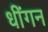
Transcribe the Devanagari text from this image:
धींगन